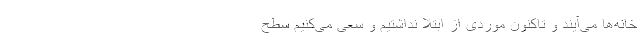
خانه‌ها می‌آیند و تاکنون موردی از ابتلا نداشتیم و سعی می‌کنیم سطح